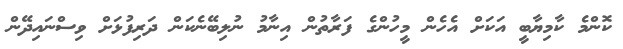
ކޮންމެ ކާމިޔާބީ އަކަށް އެހެން މީހުންގެ ފަރާތުން އިނާމު ނުލިބޭނެކަން ދަރިފުޅަށް ވިސްނައިދޭން